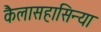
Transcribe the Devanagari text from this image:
कैलासहासिन्या